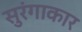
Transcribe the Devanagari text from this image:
सुरंगाकार